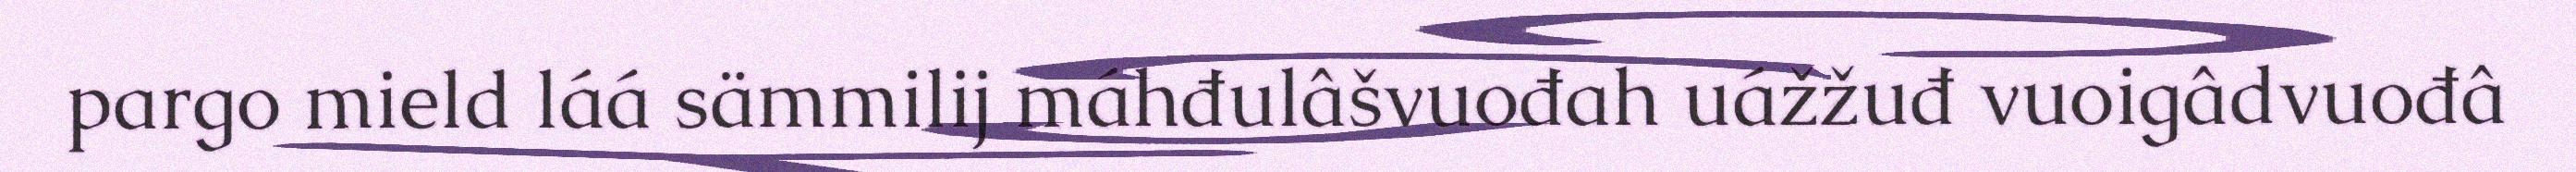
pargo mield láá sämmilij máhđulâšvuođah uážžuđ vuoigâdvuođâ